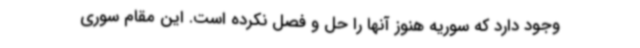
وجود دارد که سوریه هنوز آنها را حل و فصل نکرده است. این مقام سوری